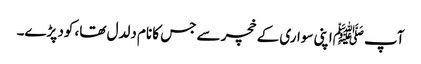
آپ ﷺاپنی سواری کے خچر سے جس کا نام دلدل تھا، کود پڑے۔